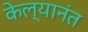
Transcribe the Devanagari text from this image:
केल्यानंत